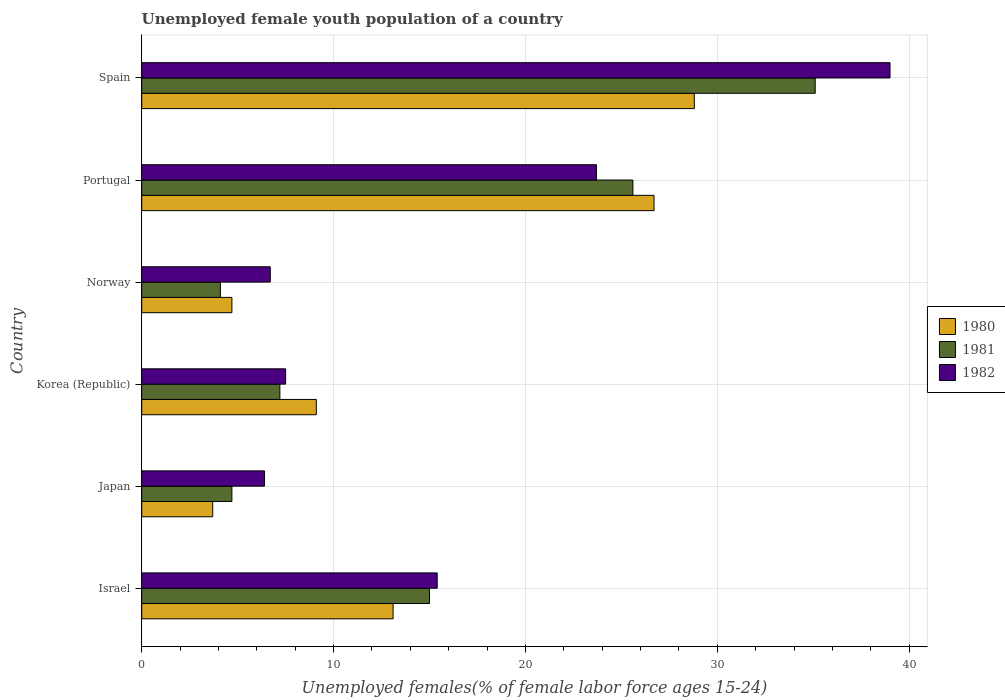
| Country | 1980 | 1981 | 1982 |
 | --- | --- | --- | --- |
 | Israel | 13.1 | 15 | 15.4 |
 | Japan | 3.7 | 4.7 | 6.4 |
 | Korea (Republic) | 9.1 | 7.2 | 7.5 |
 | Norway | 4.7 | 4.1 | 6.7 |
 | Portugal | 26.7 | 25.6 | 23.7 |
 | Spain | 28.8 | 35.1 | 39 |